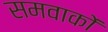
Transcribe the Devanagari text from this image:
समवाकों